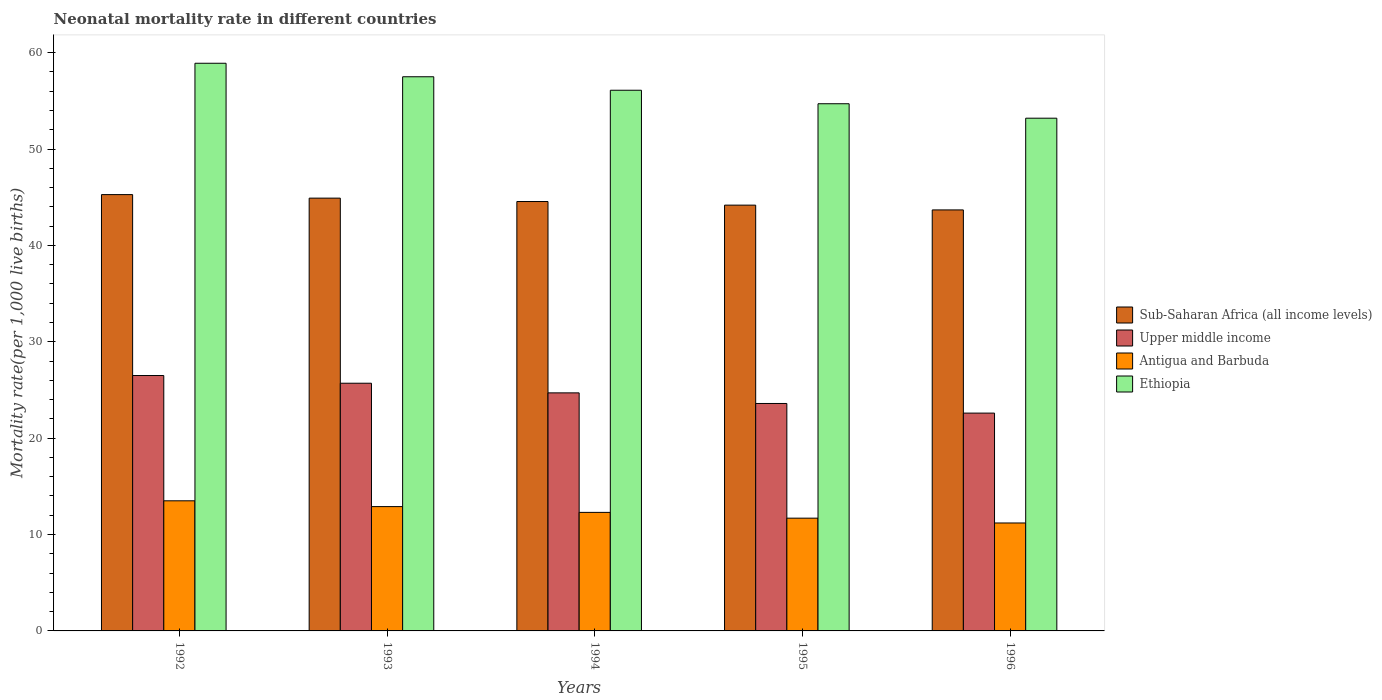
| Years | Sub-Saharan Africa (all income levels) | Upper middle income | Antigua and Barbuda | Ethiopia |
 | --- | --- | --- | --- | --- |
 | 1992 | 45.3 | 26.5 | 13.5 | 58.9 |
 | 1993 | 44.9 | 25.7 | 12.9 | 57.5 |
 | 1994 | 44.6 | 24.7 | 12.3 | 56.1 |
 | 1995 | 44.2 | 23.6 | 11.7 | 54.7 |
 | 1996 | 43.7 | 22.6 | 11.2 | 53.2 |